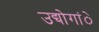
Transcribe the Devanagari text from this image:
उद्योगांे